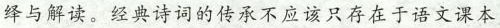
绎与解读。经典诗词的传承不应该只存在于语文课本